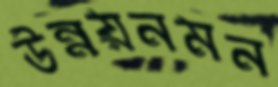
উন্নয়নমন